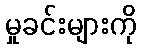
မှုခင်းများကို